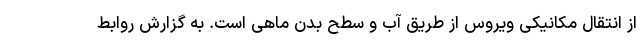
از انتقال مکانیکی ویروس از طریق آب و سطح بدن ماهی است. به گزارش روابط